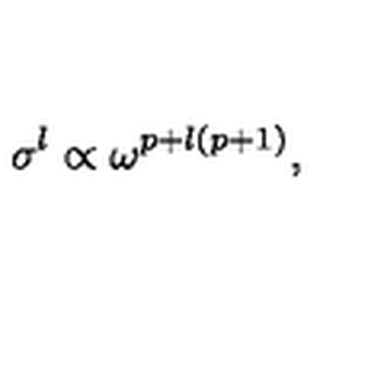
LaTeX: \sigma ^ { l } \propto \omega ^ { p + l ( p + 1 ) } ,